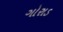
ગોરાડ